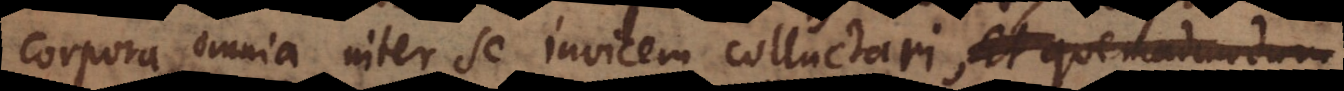
corpora omnia inter se invicem colluctari. Et quemadmodum,